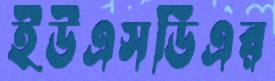
ইউএসডিএর